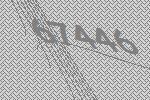
67446